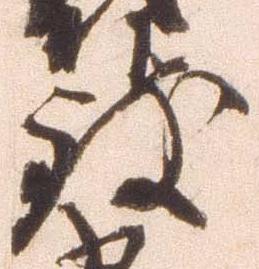
致